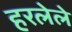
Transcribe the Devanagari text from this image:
हरलेले